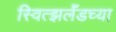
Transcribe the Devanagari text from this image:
स्वित्झर्लॅडच्या